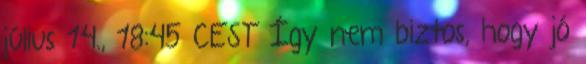
július 14., 18:45 CEST Így nem biztos, hogy jó